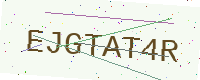
Text: EJGTAT4R